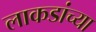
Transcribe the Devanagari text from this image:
लाकडांच्या